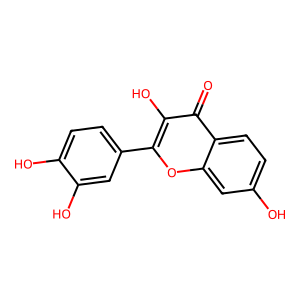
SMILES: O=c1c(O)c(-c2ccc(O)c(O)c2)oc2cc(O)ccc12
Inhibits HIV replication: No